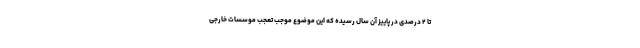
تا ۲ درصدی در پاییز آن سال رسیده که این موضوع موجب تعجب موسسات خارجی